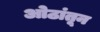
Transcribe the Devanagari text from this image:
ओठांतून